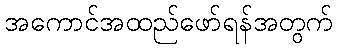
အကောင်အထည်ဖော်ရန်အတွက်